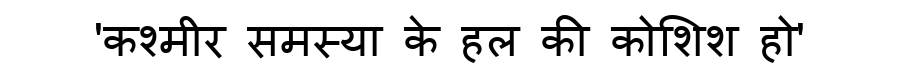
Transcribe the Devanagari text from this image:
'कश्मीर समस्या के हल की कोशिश हो'